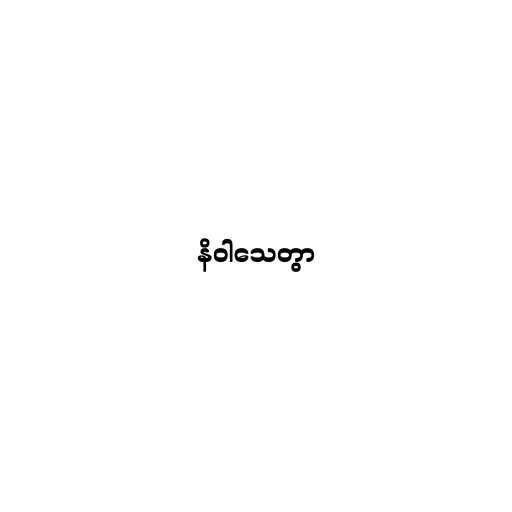
နိဝါသေတွာ